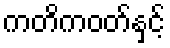
ကတိကဝတ်နှင့်